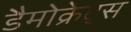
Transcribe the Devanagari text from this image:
डैमोक्रेट्स